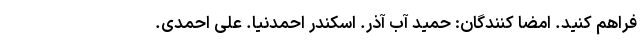
فراهم کنید. امضا کنندگان: حمید آب آذر. اسکندر احمدنیا. علی احمدی.